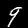
Digit: 9